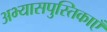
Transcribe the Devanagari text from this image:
अभ्यासपुस्तिकाएँ